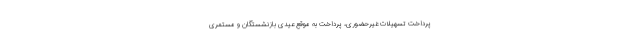
پرداخت تسهیلات غیرحضوری، پرداخت به موقع عیدی بازنشستگان و مستمری